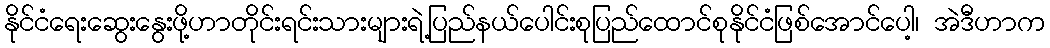
နိုင်ငံရေးဆွေးနွေးဖို့ဟာတိုင်းရင်းသားများရဲ့ပြည်နယ်ပေါင်းစုပြည်ထောင်စုနိုင်ငံဖြစ်အောင်ပေါ့၊ အဲဒီဟာက